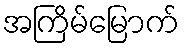
အကြိမ်မြောက်